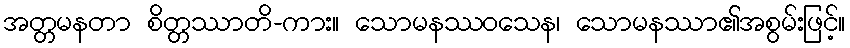
အတ္တမနတာ စိတ္တဿာတိ-ကား။ သောမနဿဝသေန၊ သောမနဿာ၏အစွမ်းဖြင့်။